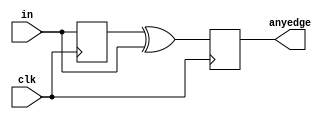
module top_module (
    input clk,
    input [7:0] in,
    output [7:0] anyedge
);
    reg [7:0] inter;
    
    always @(posedge clk) begin
    	inter <= in;
        // A -> prev state , B -> curr state
        // A'B (to detect 0 -> 1 tansition i.e. posedge)
        // AB' (to detect 1 -> 0 tansition i.e. negedge)
        // for both A'B + AB' = A xor B = A ^ B
        anyedge <= inter ^ in;
    end


endmodule